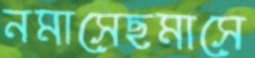
নমাসেছমাসে